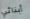
أبنائي